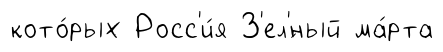
кото́рых Росс'и́я З'ел'́ный ма́рта